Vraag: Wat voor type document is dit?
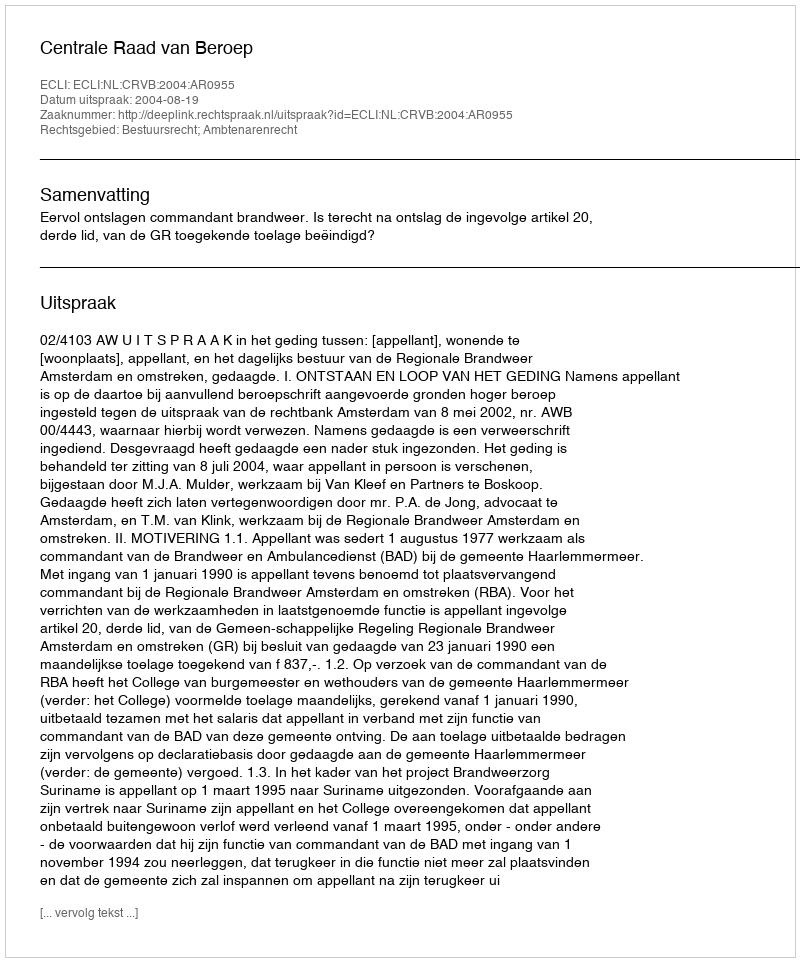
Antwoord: Uitspraak